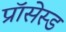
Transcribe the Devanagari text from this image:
प्रॉसेस्ड